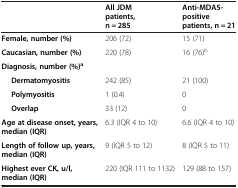
<table><thead><tr><td><b> </b></td><td><b>All JDM patients, n = 285</b></td><td><b>Anti-MDA5-positive patients, n = 21</b></td></tr></thead><tbody><tr><td><b>Female, number (%)</b></td><td>206 (72)</td><td>15 (71)</td></tr><tr><td><b>Caucasian, number (%)</b></td><td>220 (78)</td><td>16 (76)<sup>b</sup></td></tr><tr><td><b>Diagnosis, number (%)</b><sup><b>a</b></sup></td><td> </td><td> </td></tr><tr><td><b>Dermatomyositis</b></td><td>242 (85)</td><td>21 (100)</td></tr><tr><td><b>Polymyositis</b></td><td>1 (0.4)</td><td>0</td></tr><tr><td><b>Overlap</b></td><td>33 (12)</td><td>0</td></tr><tr><td><b>Age at disease onset, years, median (IQR)</b></td><td>6.3 (IQR 4 to 10)</td><td>6.6 (IQR 4 to 10)</td></tr><tr><td><b>Length of follow up, years, median (IQR)</b></td><td>9 (IQR 5 to 12)</td><td>8 (IQR 5 to 11)</td></tr><tr><td><b>Highest ever CK, u/l, median (IQR)</b></td><td>220 (IQR 111 to 1132)</td><td>129 (88 to 157)</td></tr></tbody></table>